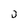
Character: 0